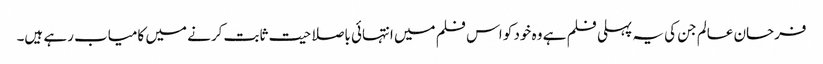
فرحان عالم جن کی یہ پہلی فلم ہے وہ خود کو اس فلم میں انتہائی باصلاحیت ثابت کرنے میں کامیاب رہے ہیں۔